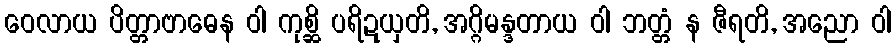
ဝေလာယ ပိတ္တာဗာဓေန ဝါ ကုစ္ဆိ ပရိဍယှတိ, အဂ္ဂိမန္ဒတာယ ဝါ ဘတ္တံ န ဇီရတိ, အညော ဝါ